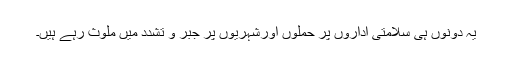
یہ دونوں ہی سلامتی اداروں پر حملوں اورشہریوں پر جبر و تشدد میں ملوث رہے ہیں۔